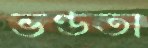
ভণ্ডতা